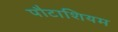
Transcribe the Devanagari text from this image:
पौटाशियम